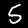
Digit: 5